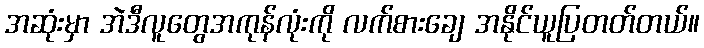
အဆုံးမှာ အဲဒီလူတွေအကုန်လုံးကို လက်စားချေ အနိုင်ယူပြတတ်တယ်။